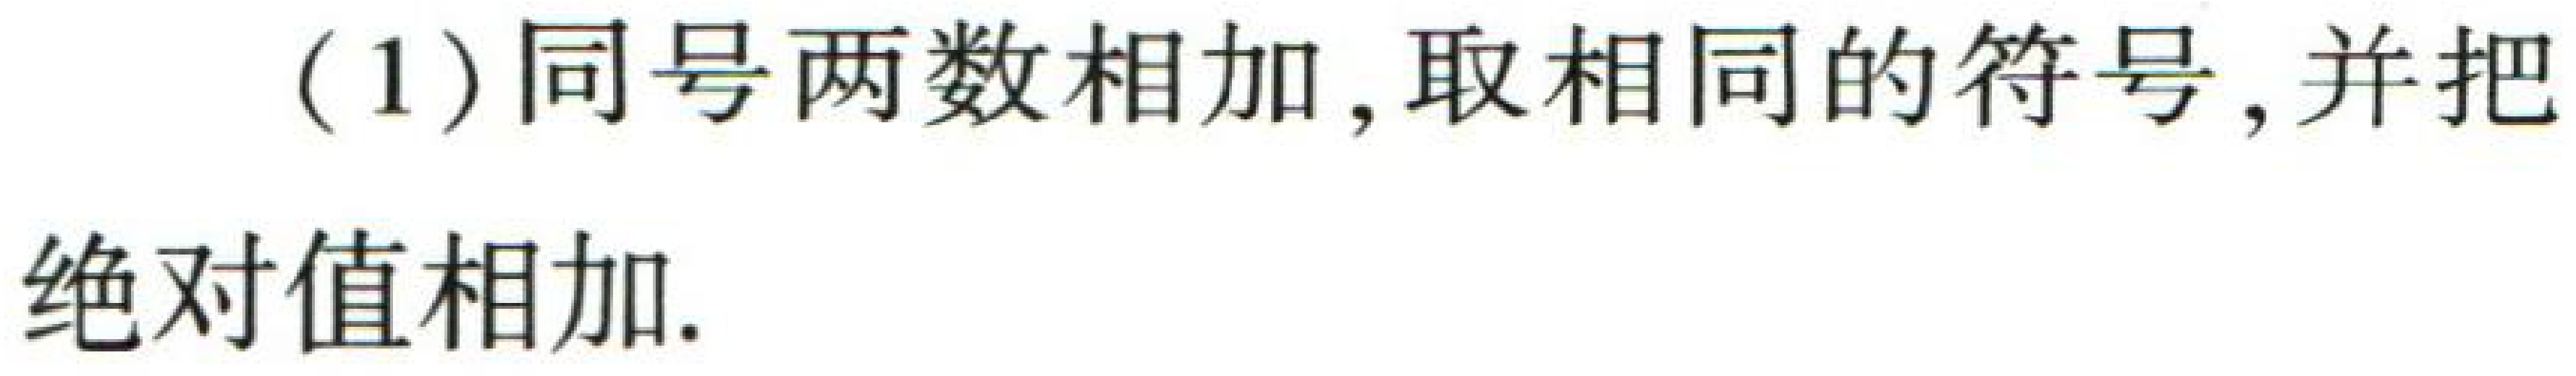
(1) 同号两数相加, 取相同的符号, 并把绝对值相加.